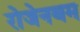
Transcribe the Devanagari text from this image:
रोजेनबम